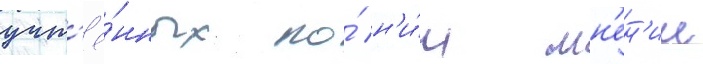
учт'ё́нных по́ н'и́м мн'ен'ии